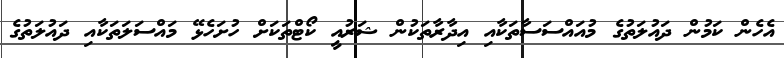
އެހެން ކަމުން ދައުލަތުގެ މުއައްސަސާތަކާއި އިދާރާތަކުން ޝަރުއީ ކޯޓްތަކަށް ހުށަހެޅޭ މައްސަލަތަކާއި ދައުލަތުގެ